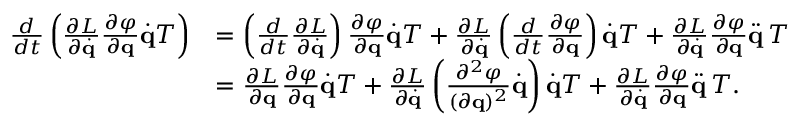
{ \begin{array} { r l } { { \frac { d } { d t } } \left( { \frac { \partial L } { \partial { \dot { \mathbf { q } } } } } { \frac { \partial \varphi } { \partial \mathbf { q } } } { \dot { \mathbf { q } } } T \right) } & { = \left( { \frac { d } { d t } } { \frac { \partial L } { \partial { \dot { \mathbf { q } } } } } \right) { \frac { \partial \varphi } { \partial \mathbf { q } } } { \dot { \mathbf { q } } } T + { \frac { \partial L } { \partial { \dot { \mathbf { q } } } } } \left( { \frac { d } { d t } } { \frac { \partial \varphi } { \partial \mathbf { q } } } \right) { \dot { \mathbf { q } } } T + { \frac { \partial L } { \partial { \dot { \mathbf { q } } } } } { \frac { \partial \varphi } { \partial \mathbf { q } } } { \ddot { \mathbf { q } } } \, T } \\ & { = { \frac { \partial L } { \partial \mathbf { q } } } { \frac { \partial \varphi } { \partial \mathbf { q } } } { \dot { \mathbf { q } } } T + { \frac { \partial L } { \partial { \dot { \mathbf { q } } } } } \left( { \frac { \partial ^ { 2 } \varphi } { ( \partial \mathbf { q } ) ^ { 2 } } } { \dot { \mathbf { q } } } \right) { \dot { \mathbf { q } } } T + { \frac { \partial L } { \partial { \dot { \mathbf { q } } } } } { \frac { \partial \varphi } { \partial \mathbf { q } } } { \ddot { \mathbf { q } } } \, T . } \end{array} }